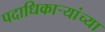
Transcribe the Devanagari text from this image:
पदाधिकार्‍यांच्या